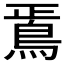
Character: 𩿳